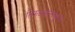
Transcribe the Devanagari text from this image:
तिरुअनन्तपुरम।